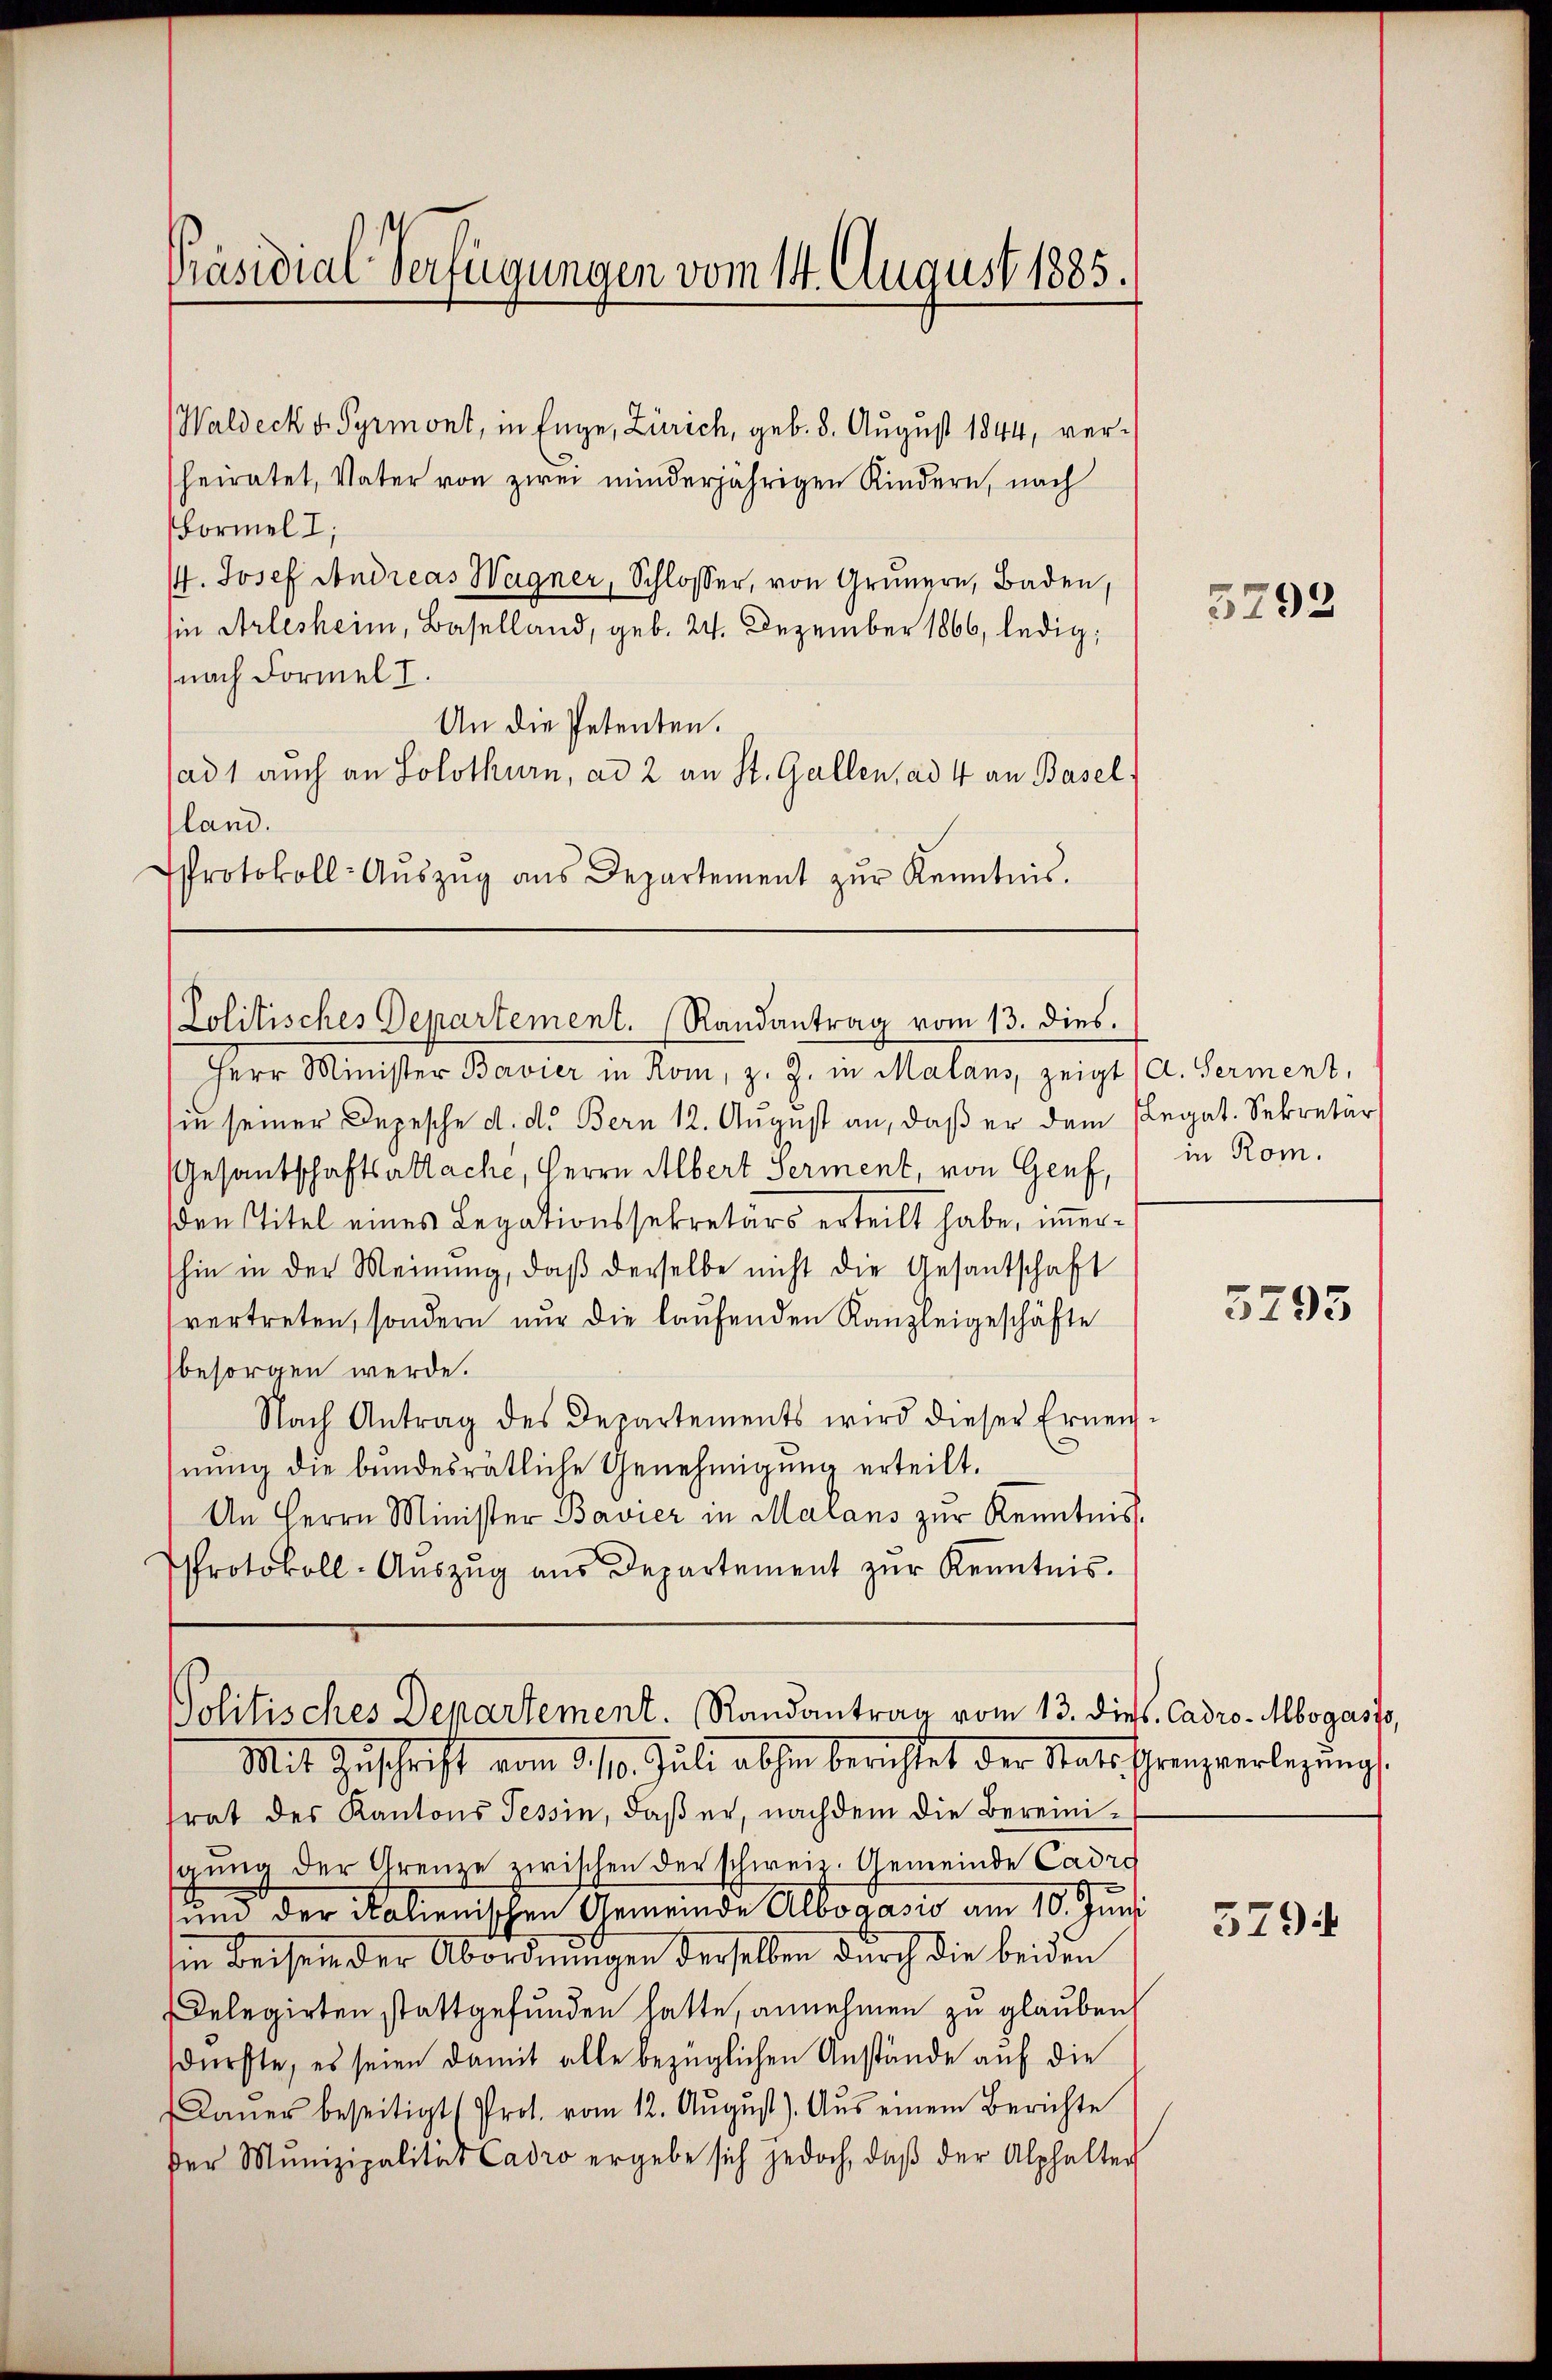
Präsidial-Verfügungen vom 14. August 1885.

Jolitisches Departement. (Randantrag vom 13. dies.

Waldeck v. Pyrmont, in Enge, Zürich, geb. 8. August 1844, verheiratet, Vater von zwei minderjährigen Kindern, nach
Formel I;
/. Josef Andreas Wagner, Schlosser, von Grŭnern, Baden,
sin Arlesheim, Baselland, geb. 24. Dezember 1866, ledig,
(nach Formel I.
An die Petenten.
sad 1 auch an Solothurn, ad 2 an St. Gallen, ad 4 an Basel.
sland.
Protokoll-Aŭszŭg aŭs Departement zŭr Kenntnis.

Herr Minister Bavier in Rom, z. Z. in Malans, zeigt (A. Serment,
sie seiner Depesche d. d. Bern 12. August an, daß er dem Elegat. Sekretär
Gesandschaftsattache, Herrn Albert Serment, von Genf, in Rom.
den Titel eines Legationssekretärs erteilt habe, immerhin in der Meinŭng, daβ derselbe nicht die Gesandschaft
vertreten, sondern nŭr die laŭfenden Kanzleigeschäfte
besorgen werde.
Nach Antrag des Departements wird dieser Ernennung die bundesrätliche Genehmigung erteilt.
An Herrn Minister Bavier in Malans zur Kenntnis.
Protokoll-Aŭszŭg aŭs Departement zŭr Kenntnis.

Politisches Departement. Randantrag vom 13. di
Mit Zuschrift vom 210. Juli abhin berichtet der Statischreizerlegungs

trat des Kantons Tessin, daß er, nachdem die Bereiniaŭng der Grenze zwischen der schweiz. Gemeinde Cadro
und der Salienischen Gemeinde Albogasis am 10. Juni
sin beisein der Abordnungen derselben durch die beiden
Delegirten stattgefunden hatte, annehmen zu glauben
dürfte, es seien damit alle bezüglichen Anstände auf die
Daŭer beseitigt (Prot. vom 12. Aŭgŭst). Aus einem Berichte
der Munizipalität Cadro ergebe sich jedoch, daβ der Alphalter

5293

5295

ws. Cadro-Mbogasso,

3794